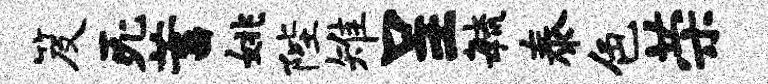
笈死蓄姚陛雉呈敏泰色荣